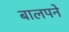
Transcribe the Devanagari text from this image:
बालपने